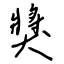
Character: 獎